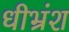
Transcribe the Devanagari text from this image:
धीभ्रंश